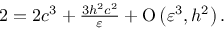
\begin{array} { r } { 2 = 2 c ^ { 3 } + \frac { 3 h ^ { 2 } c ^ { 2 } } { \varepsilon } + \ensuremath { \operatorname { O } \left( \varepsilon ^ { 3 } , h ^ { 2 } \right) } . } \end{array}